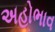
અહોભાવ